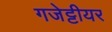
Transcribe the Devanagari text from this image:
गजेट्टीयर